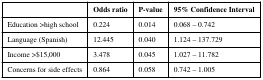
<table><thead><tr><td></td><td><b>Odds ratio</b></td><td><b>P-value</b></td><td><b>95% Confidence Interval</b></td></tr></thead><tbody><tr><td>Education &gt;high school</td><td>0.224</td><td>0.014</td><td>0.068 – 0.742</td></tr><tr><td>Language (Spanish)</td><td>12.445</td><td>0.040</td><td>1.124 – 137.729</td></tr><tr><td>Income &gt;$15,000</td><td>3.478</td><td>0.045</td><td>1.027 – 11.782</td></tr><tr><td>Concerns for side effects</td><td>0.864</td><td>0.058</td><td>0.742 – 1.005</td></tr></tbody></table>